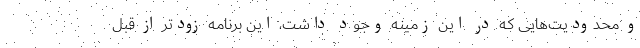
و محدودیت‌هایی که در این زمینه وجود داشت، این برنامه زودتر از قبل